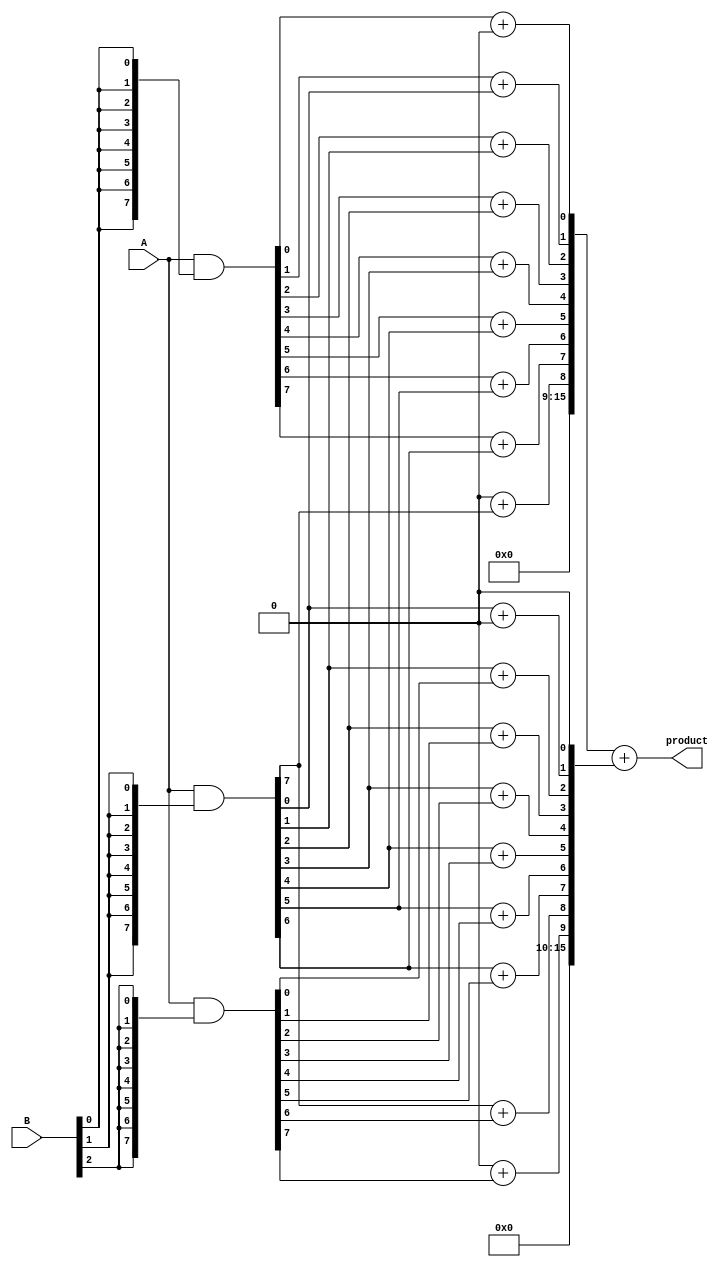
module VariableLengthWallaceTreeMultiplier #(parameter WIDTH_A = 8, WIDTH_B = 8)(
    input [WIDTH_A-1:0] A,
    input [WIDTH_B-1:0] B,
    output reg [WIDTH_A + WIDTH_B - 1:0] product
);

// Partial product generation
wire [WIDTH_A + WIDTH_B - 1:0] partial_products[0:WIDTH_B-1];

genvar i;
generate
    for (i = 0; i < WIDTH_B; i = i + 1) begin: gen_partial_products
        assign partial_products[i] = A & {WIDTH_A{B[i]}};
        assign partial_products[i] = partial_products[i] << i; // Shift according to bit position
    end
endgenerate

// Wallace Tree Reduction
wire [WIDTH_A + WIDTH_B - 1:0] sum_stage1[0:WIDTH_B-1];
wire [WIDTH_A + WIDTH_B - 1:0] carry_stage1[0:WIDTH_B-1];

genvar j, k;
generate
    // First stage reduction
    for (j = 0; j < WIDTH_B - 1; j = j + 1) begin: stage1
        for (k = 0; k < WIDTH_A + WIDTH_B; k = k + 1) begin
            if (k < WIDTH_A + WIDTH_B - 1) begin
                // Half Adder for pairs
                assign {carry_stage1[j][k+1], sum_stage1[j][k]} = partial_products[j][k] + partial_products[j+1][k];
            end else begin
                // Last bit handling
                assign sum_stage1[j][k] = partial_products[j][k];
            end
        end
    end
endgenerate

// Final Addition
wire [WIDTH_A + WIDTH_B + 1:0] final_sum;
wire [WIDTH_A + WIDTH_B + 1:0] final_carry;

assign {final_carry, product} = sum_stage1[0] + sum_stage1[1];

endmodule